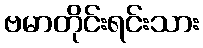
ဗမာတိုင်းရင်းသား